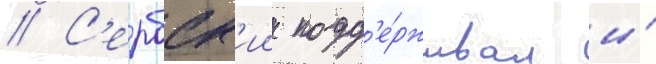
// С'ербск'ии подд'е́рживал и́